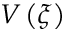
V \left( \xi \right)